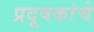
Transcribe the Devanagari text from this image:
प्रदूषकांचे